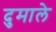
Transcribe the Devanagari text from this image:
दुमाले